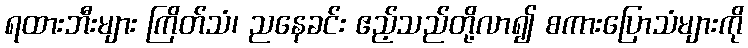
ရထားဘီးများ ကြိတ်သံ၊ ညနေခင်း ဧည့်သည်တို့လာ၍ စကားပြောသံများကို